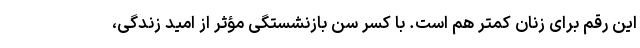
این رقم برای زنان کمتر هم است. با کسر سن بازنشستگی مؤثر از امید زندگی،